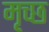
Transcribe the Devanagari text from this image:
मृच्छ